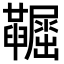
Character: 𡳼